Subject: q-fin
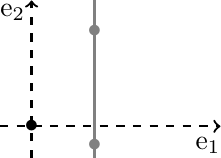
LaTeX code:
\begin{tikzpicture}[scale=0.8]
\draw[thick,dashed,->] (-0.5,0)--(3,0);
\draw[thick,dashed,->] (0,-0.5)--(0,2);
\draw[thick,gray] (1,-0.5) -- (1,2);
\node at (0,0) {$\bullet$};
\node at (1,-0.3) {\color{gray}$\bullet$};
\node at (1,1.5) {\color{gray}$\bullet$};
\node at (-0.3,1.8) {e${}_2$};
\node at (2.8,-0.3) {e${}_1$};
\end{tikzpicture}